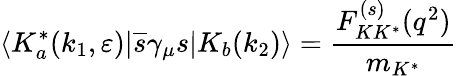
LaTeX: \langle K_{a}^{\ast}(k_{1},\varepsilon)|{\overline{{{s}}}}\gamma_{\mu}s|K_{b}(k_{2})\rangle=\frac{F_{KK^{\ast}}^{(s)}(q^{2})}{m_{K^{\ast}}}